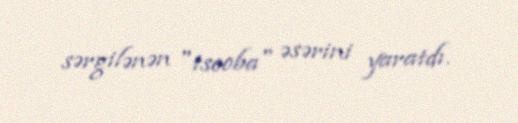
sərgilənən "tsooba" əsərini yaratdı.